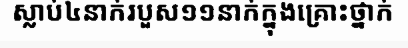
ស្លាប់៤នាក់របួស១១នាក់ក្នុងគ្រោះថ្នាក់